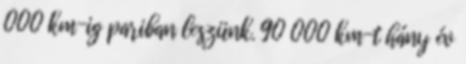
000 km-ig pariban leszünk. 90 000 km-t hány év